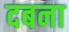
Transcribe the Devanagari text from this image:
दबना